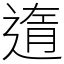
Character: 遀